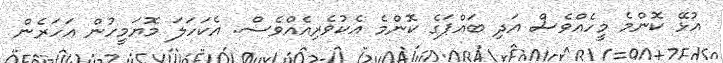
އުޅޭ ކޮންމެ މީހެއްވެސް އަދި ބައްޕަގެ ކޮންމެ އެކުވެރިއެއްވެސް. އެކަހަލަ މޮޔަމީހުން އަހަރެން